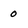
Character: 0